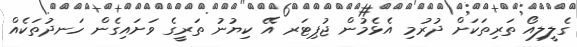
ގެލީލިއޯ ތަރިތަކަށް ދުރުމި އެޅެމުން ޖުޕިޓަރ އޭ ކިޔުނު ތަރީގެ ވަށައިގެން ހަނދުތަކެއް